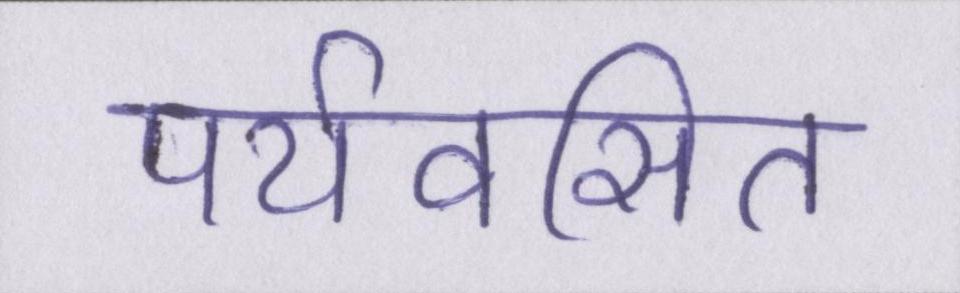
पर्यवसित